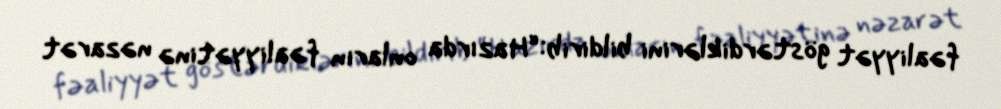
fəaliyyət göstərdiklərini bildirib:“Hazırda onların fəaliyyətinə nəzarət